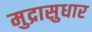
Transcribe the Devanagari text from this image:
मुद्रासुधार